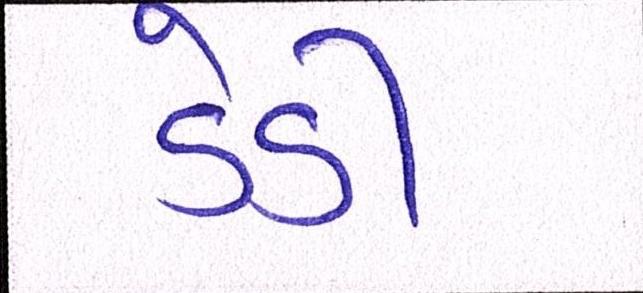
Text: ડેડી